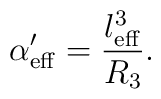
\alpha'_{\rm eff} = \frac{l^3_{\rm eff}}{R_3}.